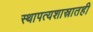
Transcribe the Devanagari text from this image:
स्थापत्यशास्रातही